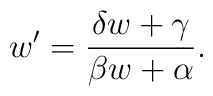
w' = {\delta w + \gamma \over \beta w + \alpha} .